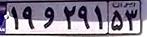
۱۹و۲۹۱۵۳